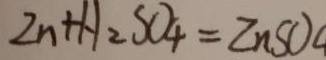
Z n + H _ { 2 } S O _ { 4 } = Z n S O _ { 4 }